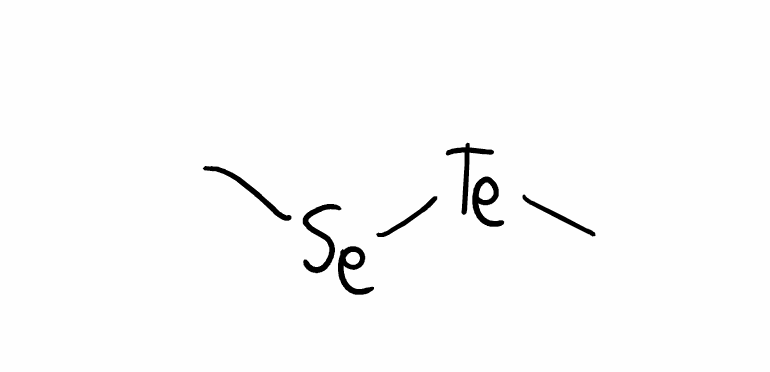
Simplified molecular-input line-entry system (SMILES) notation of the given molecule:
C[Se][Te]C